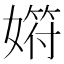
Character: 𡠞